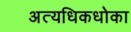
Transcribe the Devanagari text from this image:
अत्यधिकधोका